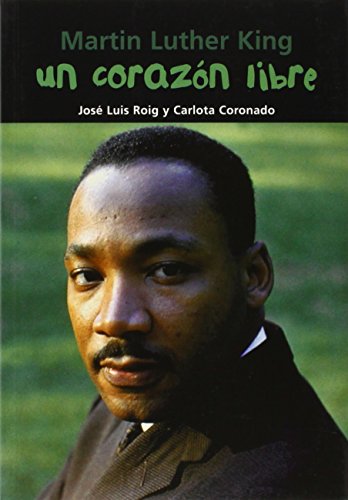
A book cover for Un corazÃ³n libre: Martin Luther King (BiografÃ­a joven) (Spanish Edition); JosÃ© Luis Roig; Teen & Young Adult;